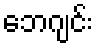
ဘေဂျင်း